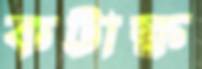
কটাক্ষ